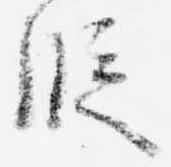
段